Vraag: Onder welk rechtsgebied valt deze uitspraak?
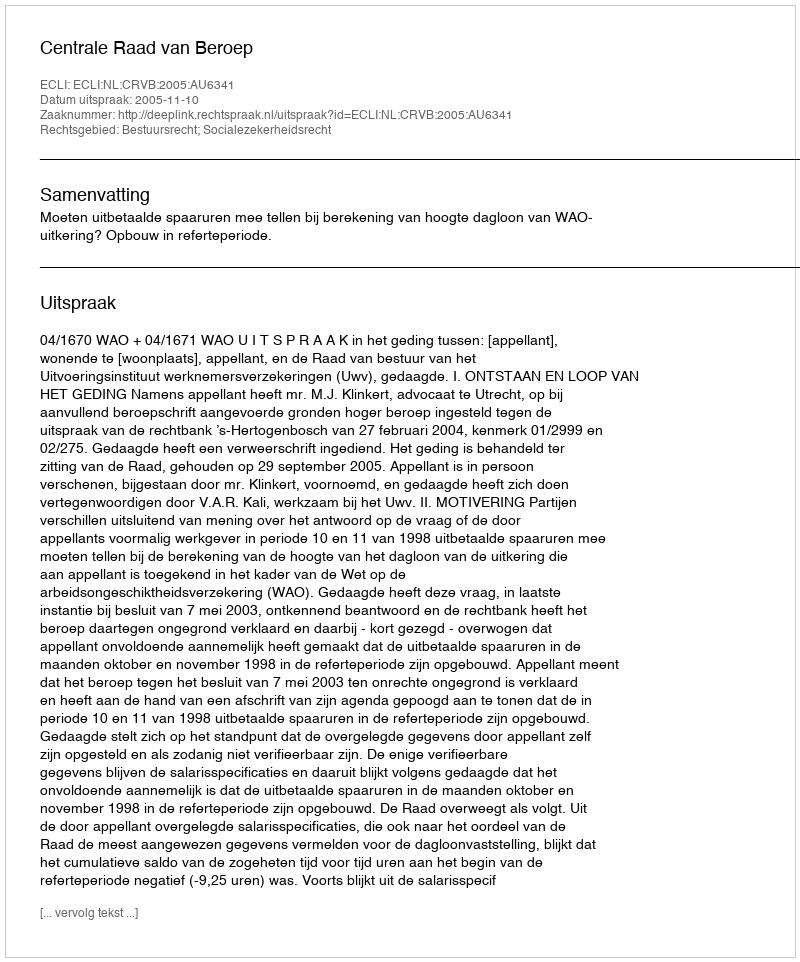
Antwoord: Bestuursrecht; Socialezekerheidsrecht